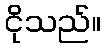
ငိုသည်။